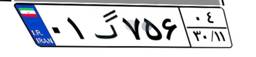
۰۱گ۷۵۶۰۴